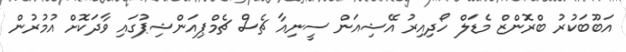
އަބޫބަކުރު ބްރޮންޒް މެޑަލް ހޯދިއިރު އޭޝިއަން ސީނިއާ ޗެސް ޗެމްޕިއަންޝިޕުގައި ވާދަކޮށް އުމުރުން